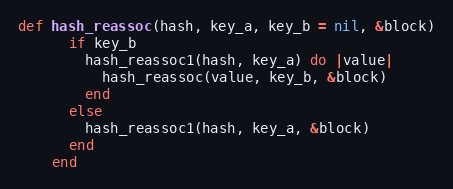
Language: Ruby
def hash_reassoc(hash, key_a, key_b = nil, &block)
      if key_b
        hash_reassoc1(hash, key_a) do |value|
          hash_reassoc(value, key_b, &block)
        end
      else
        hash_reassoc1(hash, key_a, &block)
      end
    end